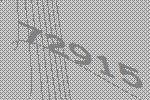
72915